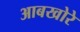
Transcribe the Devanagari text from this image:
आबखोरे